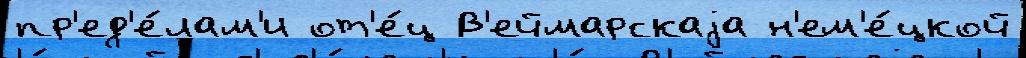
пр'ед'е́лам'и от'е́ц В'еймарскаjа н'ем'е́цкой